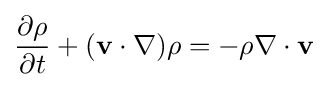
{\frac {\partial \rho }{\partial t}}+(\mathbf {v} \cdot \nabla )\rho =-\rho \nabla \cdot \mathbf {v}